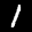
Digit: 1